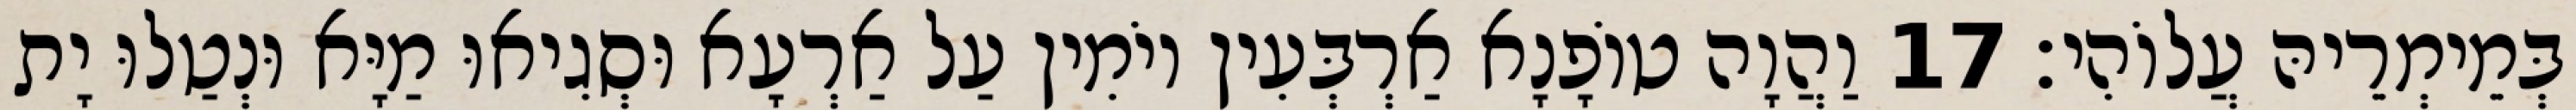
בְּמֵימְרֵיהּ עֲלוֹהִי׃ 17 וַהֲוָה טוֹפָנָא אַרְבְּעִין יוֹמִין עַל אַרְעָא וּסְגִיאוּ מַיָּא וּנְטַלוּ יָת